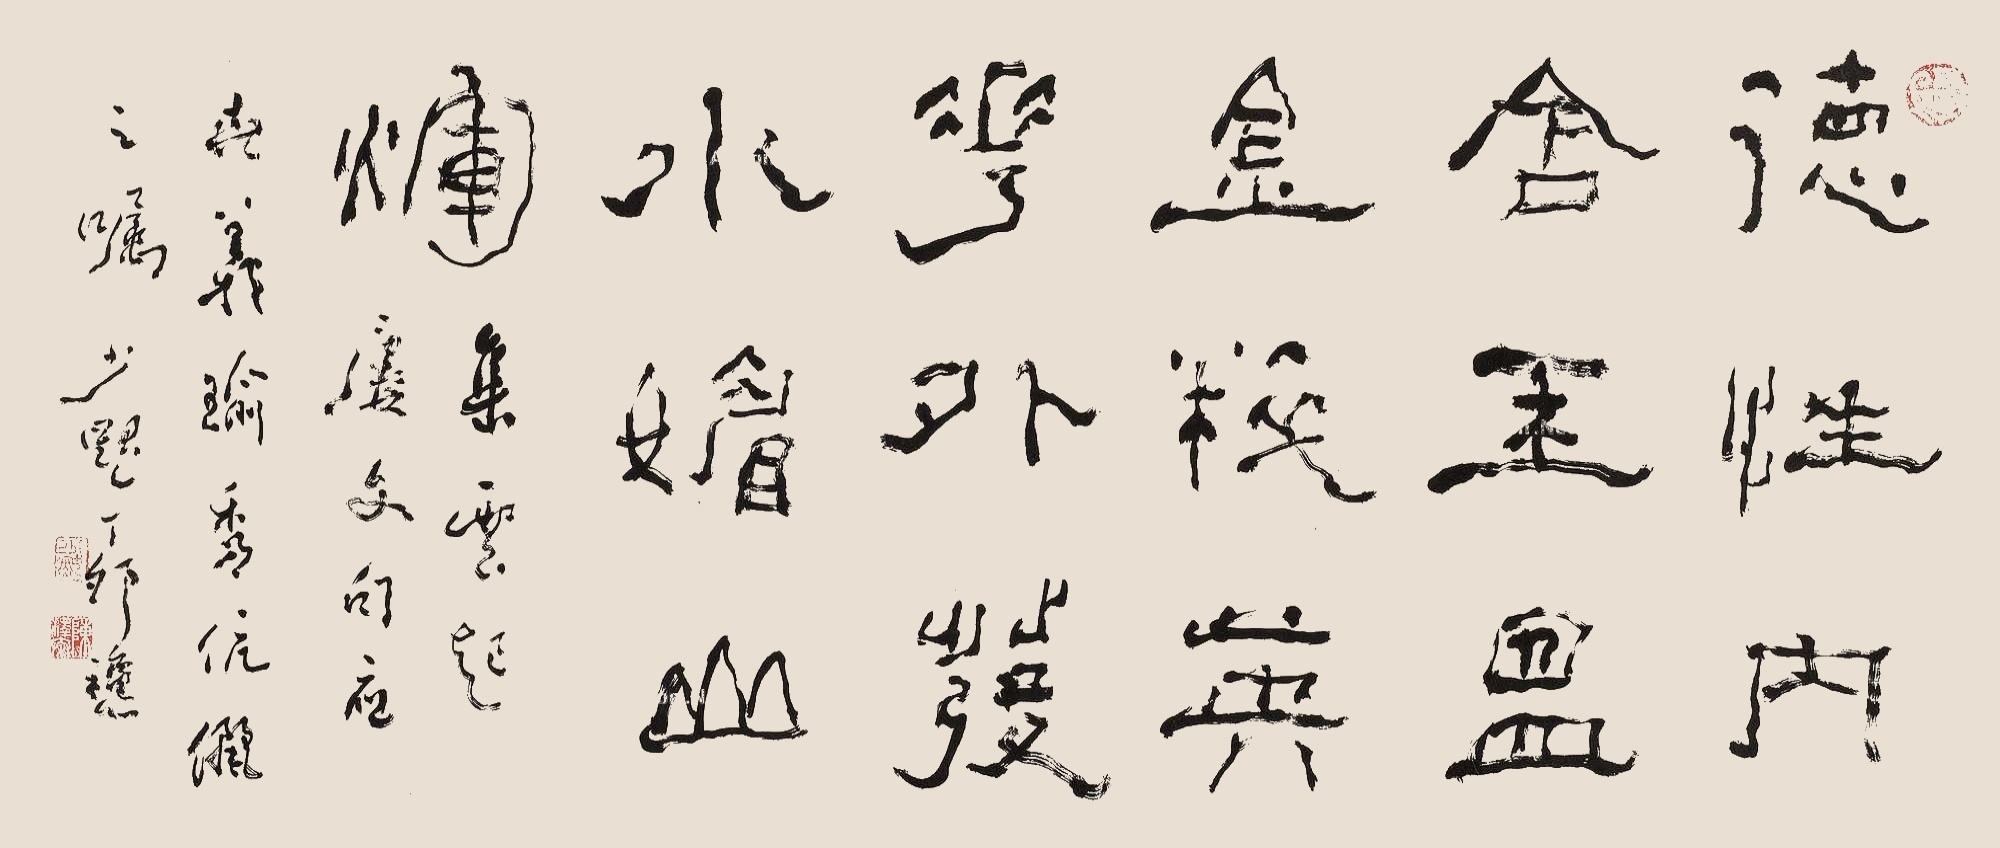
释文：德性内含玉温金粹，英华外发水媚山辉。集云起楼文句应世义、瑜秀伉俪之嘱。少默，丁卯秋。